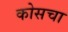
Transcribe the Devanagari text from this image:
कोसचा